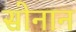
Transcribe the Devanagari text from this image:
सोनान